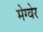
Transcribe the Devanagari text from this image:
मेग्वेर